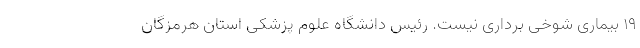
۱۹ بیماری شوخی برداری نیست. رئیس دانشگاه علوم پزشکی استان هرمزگان